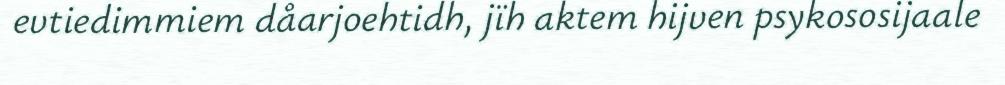
evtiedimmiem dåarjoehtidh, jïh aktem hijven psykososijaale